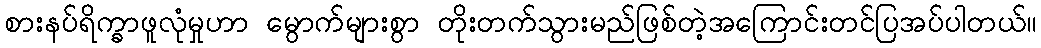
စားနပ်ရိက္ခာဖူလုံမှုဟာ မွောက်များစွာ တိုးတက်သွားမည်ဖြစ်တဲ့အကြောင်းတင်ပြအပ်ပါတယ်။